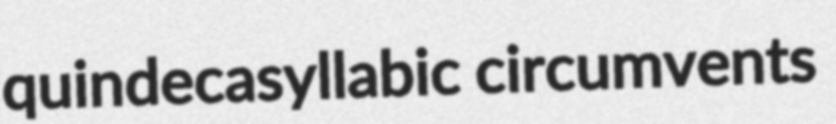
quindecasyllabic circumvents